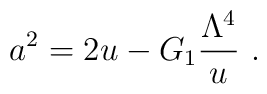
a^2=2u - G_1{\Lambda^{4} \over u}  \ .